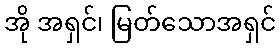
အို အရှင်၊ မြတ်သောအရှင်